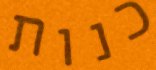
כנות